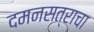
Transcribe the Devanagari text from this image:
दमनसत्राचा